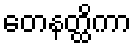
တေနတ္ထိကာ